V__Kingissepa_nim__kolhoos, lk 38
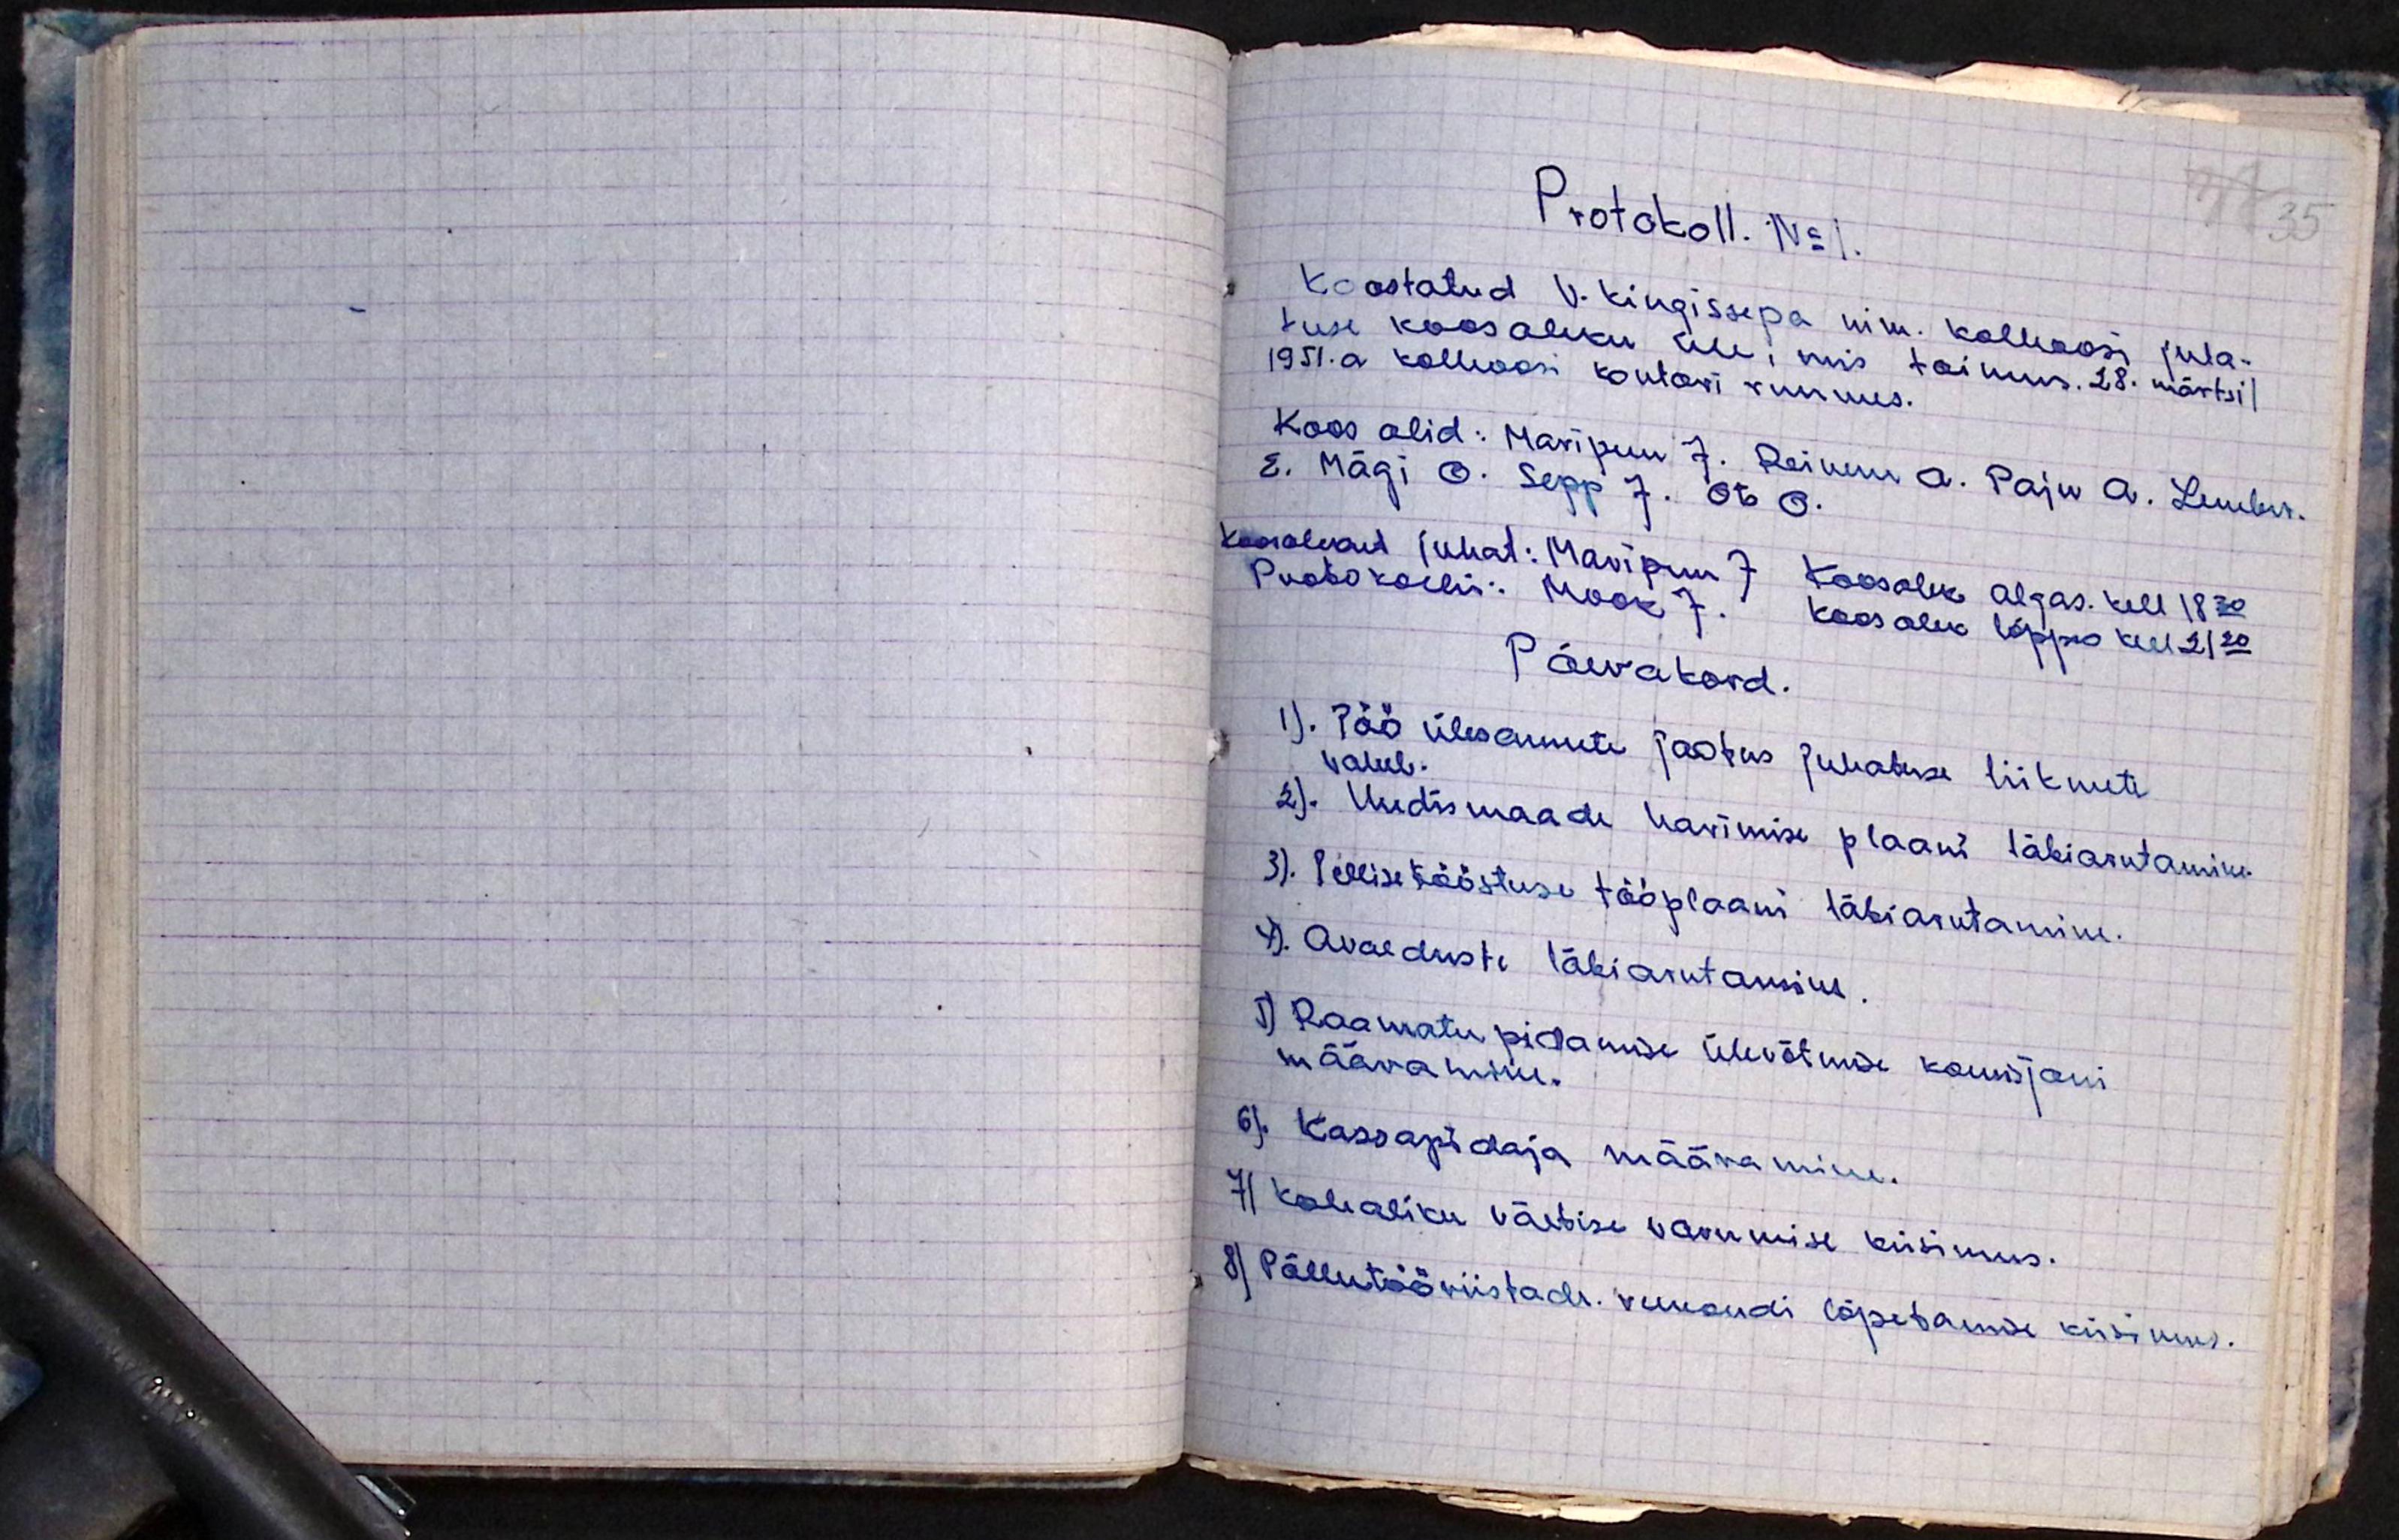
Protokoll. No 1.
Koostatud V. Kingissepa nim. kolhoosi juha-
tuse koosoleku üle, mis toimus. 28. märtsil
1951.a kolhoosi kontori ruumes.
Koos olid: Maripuu J. Reinem A. Paju A. Lember.
E. Mägi O. Sepp J. Ots O.
Koosolekut juhat: Maripuu J Koosolek algas. kell 18.30
Protokollis: Mook J. Koosolek lõppes 21.20
Päevakord.
1). Töö ülesannete jaotus juhatuse liikmete
vahel.
2). Uudismaade harimise plaani läbiarutamine
3). Tellisetööstuse tööplaani läbiarutamine
4). Avalduste läbiarutamine
5) Raamatu pidamise ülevõtmise komisjoni
määramine.
6). Kassapidaja määramine.
7) Kohaliku väetise varumise küsimus.
8) Põllutööriistade. remondi lõpetamise küsimus.